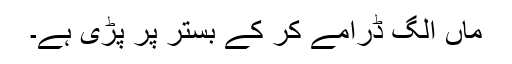
ماں الگ ڈرامے کر کے بستر پر پڑی ہے۔